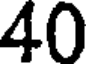
40